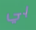
بي